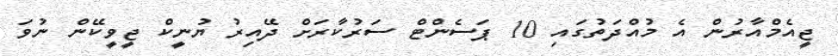
ޖީއެމްއާރުން އެ މުއްދަތުގައި 10 ޕަސެންޓް ސަރުކާރަށް ދޭއިރު ޔުނީކް ޖީވީކޭން ނުވަ